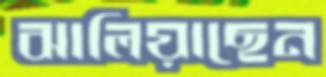
ঝালিয়াছেন